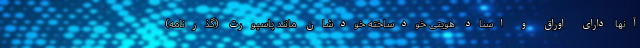
آنها دارای اوراق و اسناد هویتی خودساخته خودشان مانند پاسپورت (گذرنامه)